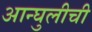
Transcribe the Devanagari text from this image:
आन्घुलीची